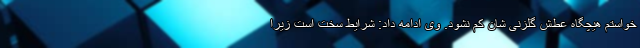
خواستم هیچگاه عطش گلزنی شان کم نشود. وی ادامه داد: شرایط سخت است زیرا